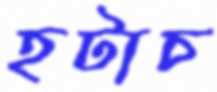
হটাচ